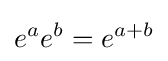
e^{a}e^{b}=e^{a+b}